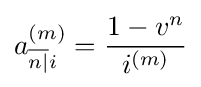
a_{{\overline {n|}}i}^{(m)}={\frac {1-v^{n}}{i^{(m)}}}